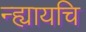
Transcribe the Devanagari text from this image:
न्ह्यायचि